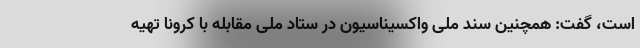
است، گفت: همچنین سند ملی واکسیناسیون در ستاد ملی مقابله با کرونا تهیه